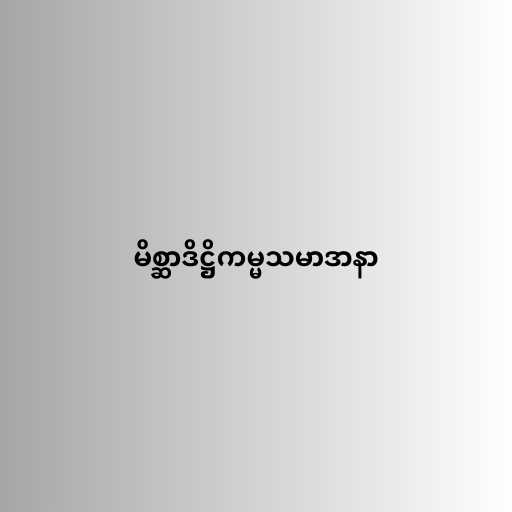
မိစ္ဆာဒိဋ္ဌိကမ္မသမာဒာနာ